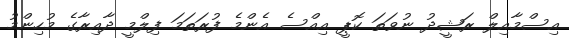
އިސްމާއިލް ރަޝީދު ނުވަތަ ކޮޕީ އިއްސެ އެންމެ ފުރަތަމަ ފިލްމީ ދާއިރާގެ މުހިންމު